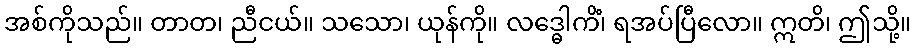
အစ်ကိုသည်။ တာတ၊ ညီငယ်။ သသော၊ ယုန်ကို။ လဒ္ဓေါကိံ၊ ရအပ်ပြီလော။ ဣတိ၊ ဤသို့။